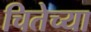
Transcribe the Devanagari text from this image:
चितेच्या